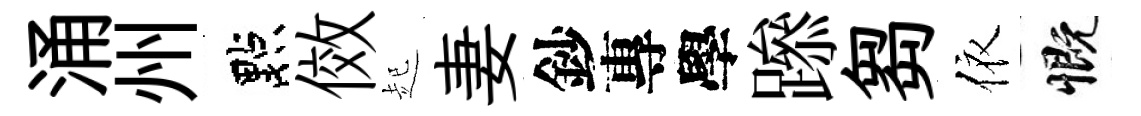
涌州點傚起妻鈔專學𨅶芻依慨